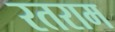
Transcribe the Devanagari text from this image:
रतराम